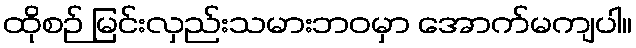
ထိုစဉ် မြင်းလှည်းသမားဘဝမှာ အောက်မကျပါ။